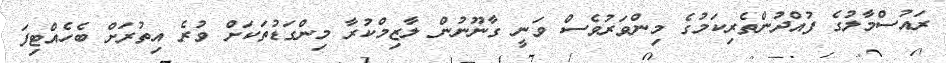
ރައުސްމާލުގެ ފުއްދުންތެރިކަމުގެ މިންވަރުވެސް ވަނީ ގާނޫނުން ލާޒިމްކުރާ މިންގަޑުތަކަށް ވުރެ އިތުރަށް ބެހެއްޓިފަ